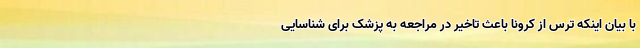
با بیان اینکه ترس از کرونا باعث تاخیر در مراجعه به پزشک برای شناسایی